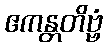
ဧကန္တတိဗ္ဗံ